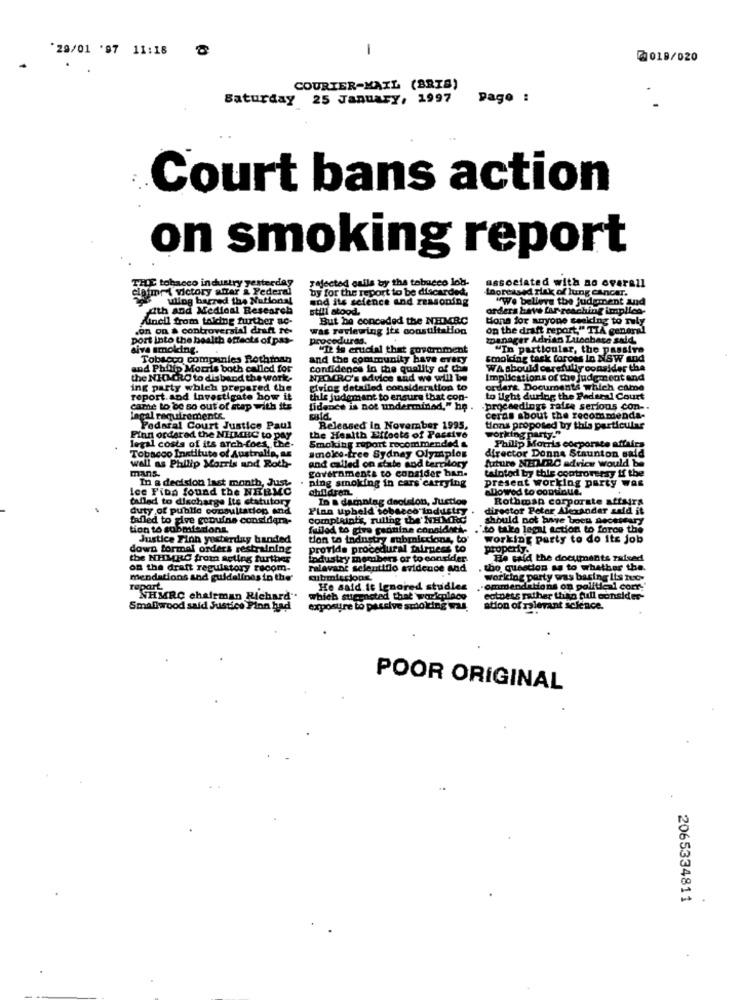
'29/01 '97 11:18 ℃
-
@018/020
COURIER-MAIL (BRIS)
Saturday 25 January, 1997
Pago :
Court bans action
on smoking report
THE tobacco industry yesterday
rejected calls by the tobacco lob-
associated with no overall
epimet victory antar & Pedermi
by for the report to be discarded,
Increased risk of lung Cancer.
uling barred the National
and its science and reasoning
"We bellers the judgment and
dth and Medical Research
still stood.
orders have für reaching implica-
fineil from tolding further ac-
But be conceded the NHMRC
Mons for anyone seeking to naly
con on a controversial draft te-
was reviewing its consultation
on the draft report," TIA general
port into the health effects of pas-
procedures.
toanager Adrian Luiochace said.
sive smoking.
"I2 is crucial that government
"In particular, the passive
Tobacco companies Rothinan
and the community have every
smolding task forces In NSW and
and Philip Morris both called for
confidence in the quality of the
WA should carefully consider the
the NIRO to dis band the work.
NECCRC's advice and we will be
Implications of the judgment and
ing party which prepared the
giving detailed consideration to
orders. Documents which came
report.and investigate how it
this judemant to ensure that con-
to light during the Paderal Court
came to be so out of stap with its
fidence is not undermined," he .
.proceedings raise serious con -.
ingal requirements
ceras about the recommenda-
Pedaral Court Justice Paul
Released In November 1995,
tions proposed by this particular
legal costs of its arch-foes, the.
Finn ordered the NHMHC to pay
the Health Effects of Passive
Smoking ruport recommended &
working party."
Philip Morris corporate affairs
@moles-tree Sydney Olympios
director Donna Staunton said
Tobacco Institute of Australia, as
future NEDIRC advice would be
mans.
wall as Philip Morris und Roth-
governmenta to consider ban.
and called on state and territory
tainted by this controversy if the
In a decision last month, Just-
ning smoking in cars carrying
ice Fina found the NHRMC
children.
present working party Was
allowed to continue.
Called to discharge Its statutory
In a damnning deolsion, Juction
Rothman corporate attars
duty of public consultation and
Plan upheld tobacco industry
director Peter Alexander said it
Safled to give goouine considera-
Complaints, ruling the'NHMRC
should not have boen aecsteary
tion to submisdans
failed to give genuine considies-
."to take legal action to force the
Justice Finn yesterday banded
tion to industry subpiccione, to'
working party to do its job
down formal orders restraining
provide procedural fairness to
properly.
the NHMRC from acting further
Industry members or to consider.
He said the documents raised
on the draft regulatory recom.
ralavant selentiflo evidence and
the question as to whether the.
mendations and guidelines in the'
Working party was baring Its Iux-
repart.
He said it Ignored studles
commendations on political corr.
NHMRC chairman Richard"
which sugensted that workplace
cotuess rather than full consider-
Smallwood said Justice Pinn had
exposure to passive smoking wal
ation of relevant science.
POOR ORIGINAL
2065334811